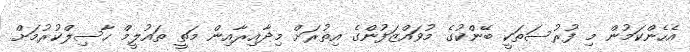
އެހެންކަމުން މި ފުރުސަތަކީ ބޭންކުގެ މުވައްޒަފުންގެ އިތުރަށް މިދާއިރާއިން މަތީ ތައުލީމް ހާސިލްކުރުމަށް